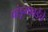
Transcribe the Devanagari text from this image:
पांडूगावडेंचे